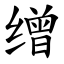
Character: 缯